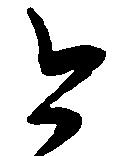
今